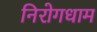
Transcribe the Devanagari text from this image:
निरोगधाम